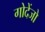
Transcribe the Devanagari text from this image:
गोदेंजो